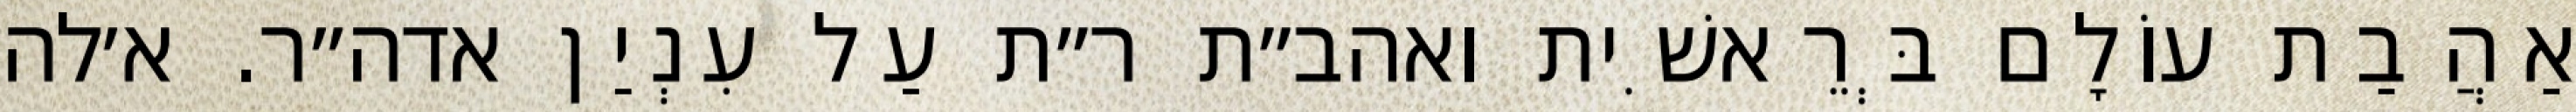
אַהֲבַת עוֹלָם בְּרֵאשִׁית ואהב״ת ר״ת עַל עִנְיַן אדה״ר. א׳לה